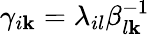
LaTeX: \gamma_{i\mathbf{k}}=\lambda_{il}\beta_{l\mathbf{k}}^{-1}